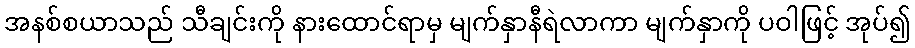
အနစ်စယာသည် သီချင်းကို နားထောင်ရာမှ မျက်နှာနီရဲလာကာ မျက်နှာကို ပဝါဖြင့် အုပ်၍